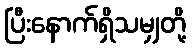
ပြီးနောက်ရှိသမျှတို့